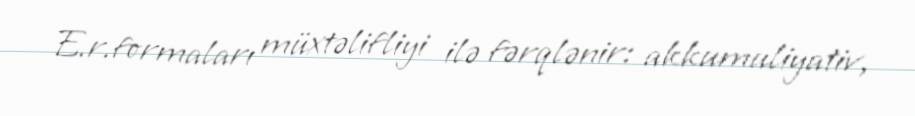
E.r.formaları müxtəlifliyi ilə fərqlənir: akkumuliyativ,